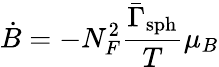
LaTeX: \dot{B}=-N_{F}^{2}\frac{\bar{\Gamma}_{\mathrm{sph}}}{T}\mu_{B}